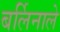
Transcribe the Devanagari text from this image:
बर्लिनाले